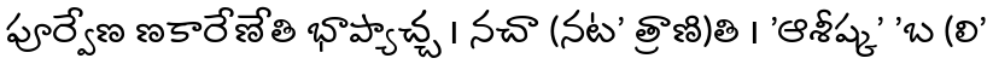
పూర్వేణ ణకారేణేతి భాప్యాచ్చ । నచా (నట' త్రాణి)తి । 'ఆశీష్క' 'బ (లి'